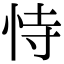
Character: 恃